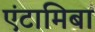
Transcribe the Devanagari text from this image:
एंटामिबा